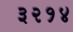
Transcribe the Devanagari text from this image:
३२१४